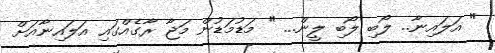
" އަލައިނާ.. ލޯބި ލޯބި ލީން... " މަޑުމަޑުން މަޖާ ރާގެއްގައި އަލައިނާއަށް